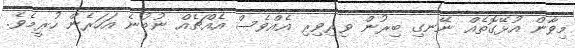
މިވާން އުޅޭގޮތެއް ނޭނގި ބިރުން ވިރިވިރި އެއްވެސް އެއްޗެއް ނުބުނެ އަހަރެން ހުރީމެވެ.